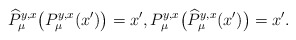
\begin{align*} \widehat{P}^{y,x}_\mu\big(P^{y,x}_\mu(x')\big)=x',P^{y,x}_\mu\big(\widehat{P}^{y,x}_\mu(x')\big)=x'.\end{align*}